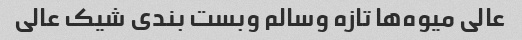
عالی میوه‌ها تازه وسالم وبست بندی شیک عالی